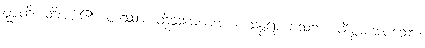
ဝုစ္စတိ၊ ဆိုအပ်၏။ တဿာ၊ ထိုသုမေဓာအား။ သုန္ဒရာ ပသဠာ၊ ချီးမွမ်းအပ်သော။